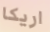
اريكا